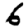
Digit: 6